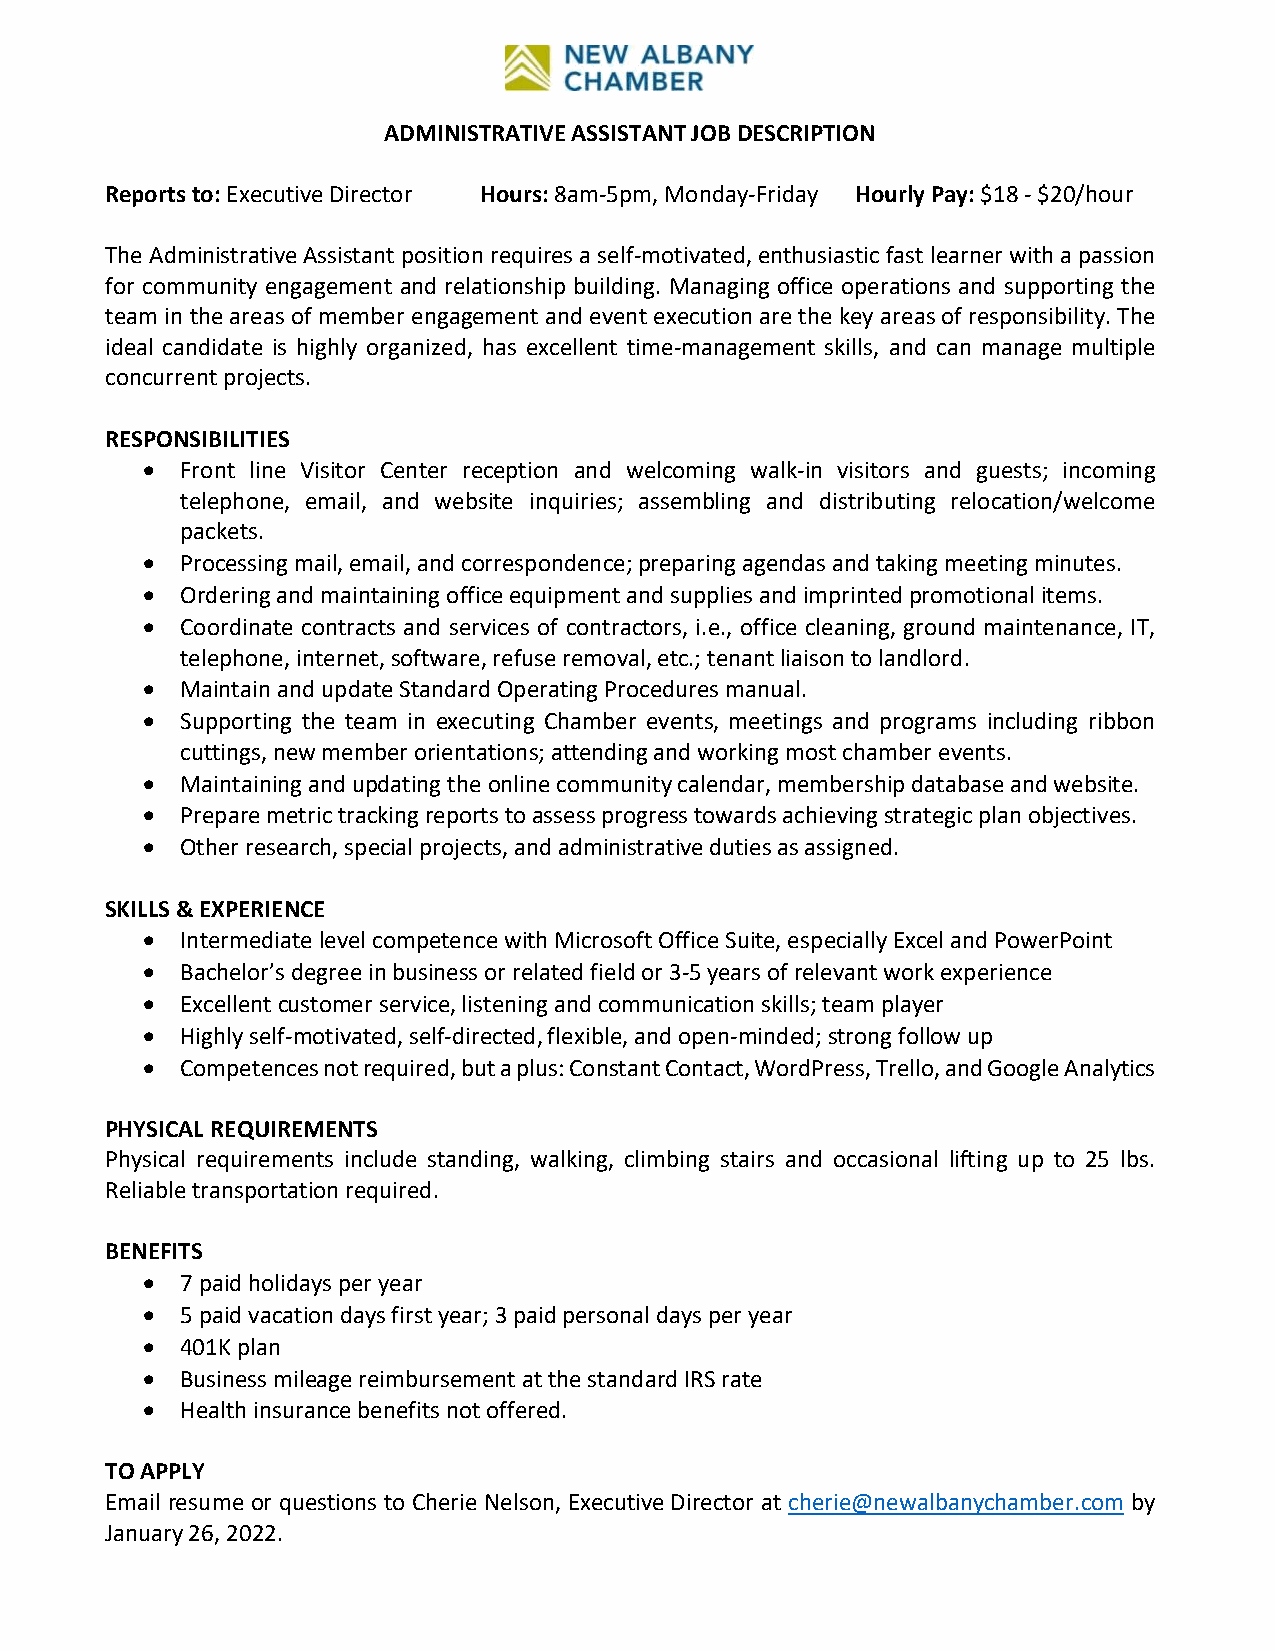
ADMINISTRATIVE ASSISTANT JOB DESCRIPTION
 Reports to: Executive Director Hours: 8am-5pm, Monday-Friday Hourly Pay: $18 - $20/hour
 The Administrative Assistant position requires a self-motivated, enthusiastic fast learner with a passion
 for community engagement and relationship building. Managing office operations and supporting the
 team in the areas of member engagement and event execution are the key areas of responsibility. The
 ideal candidate is highly organized, has excellent time-management skills, and can manage multiple
 concurrent projects.
 RESPONSIBILITIES
 •  Front line Visitor Center reception and welcoming walk-in visitors and guests; incoming
 telephone, email, and website inquiries; assembling and distributing relocation/welcome
 packets.
 •  Processing mail, email, and correspondence; preparing agendas and taking meeting minutes.
 •  Ordering and maintaining office equipment and supplies and imprinted promotional items.
 •  Coordinate contracts and services of contractors, i.e., office cleaning, ground maintenance, IT,
 telephone, internet, software, refuse removal, etc.; tenant liaison to landlord.
 •  Maintain and update Standard Operating Procedures manual.
 •  Supporting the team in executing Chamber events, meetings and programs including ribbon
 cuttings, new member orientations; attending and working most chamber events.
 •  Maintaining and updating the online community calendar, membership database and website.
 •  Prepare metric tracking reports to assess progress towards achieving strategic plan objectives.
 •  Other research, special projects, and administrative duties as assigned.
 SKILLS & EXPERIENCE
 •  Intermediate level competence with Microsoft Office Suite, especially Excel and PowerPoint
 •  Bachelor’s degree in business or related field or 3-5 years of relevant work experience
 •  Excellent customer service, listening and communication skills; team player
 •  Highly self-motivated, self-directed, flexible, and open-minded; strong follow up
 •  Competences not required, but a plus: Constant Contact, WordPress, Trello, and Google Analytics
 PHYSICAL REQUIREMENTS
 Physical requirements include standing, walking, climbing stairs and occasional lifting up to 25 lbs.
 Reliable transportation required.
 BENEFITS
 •  7 paid holidays per year
 •  5 paid vacation days first year; 3 paid personal days per year
 •  401K plan
 •  Business mileage reimbursement at the standard IRS rate
 •  Health insurance benefits not offered.
 TO APPLY
 Email resume or questions to Cherie Nelson, Executive Director at cherie@newalbanychamber.com by
 January 26, 2022.